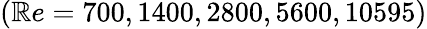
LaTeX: (\mathbb{R}e=700,1400,2800,5600,10595)